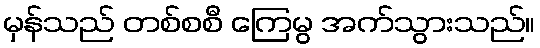
မှန်သည် တစ်စစီ ကြေမွ အက်သွားသည်။